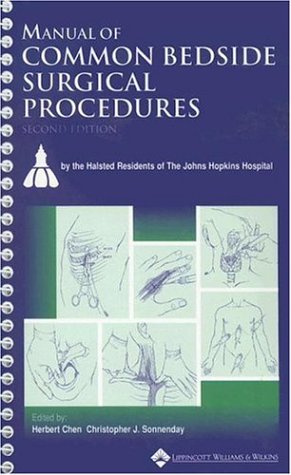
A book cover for Manual of Common Bedside Surgical Procedures; Herbert Chen MD; Medical Books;